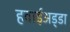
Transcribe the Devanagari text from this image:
हवाईअड्‍डा